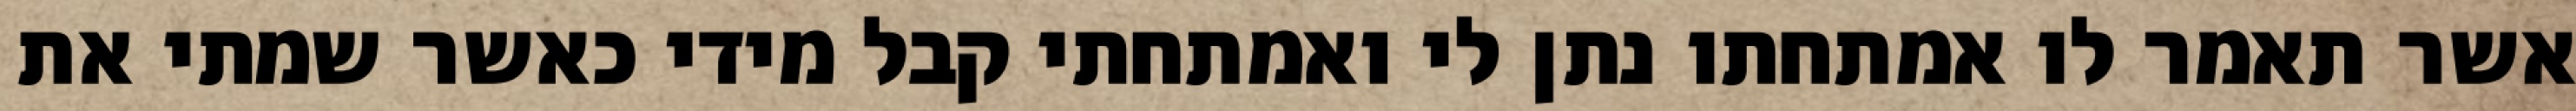
אשר תאמר לו אמתחתו נתן לי ואמתחתי קבל מידי כאשר שמתי את